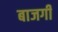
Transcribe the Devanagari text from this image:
बाजगी